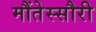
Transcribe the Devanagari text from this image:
मौंतेस्सौरी